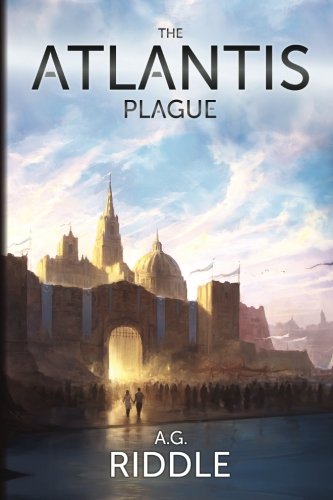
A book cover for The Atlantis Plague: A Thriller (The Origin Mystery, Book 2); A.G. Riddle; Mystery, Thriller & Suspense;